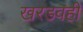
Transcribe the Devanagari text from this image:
खरडवही